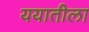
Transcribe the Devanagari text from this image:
ययातीला